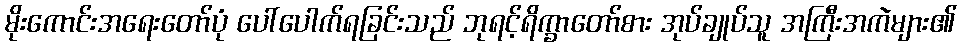
မိုးကောင်းအရေးတော်ပုံ ပေါ်ပေါက်ရခြင်းသည် ဘုရင့်ရိက္ခာတော်စား အုပ်ချုပ်သူ အကြီးအကဲများ၏